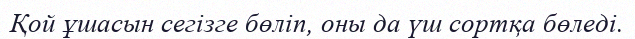
Қой ұшасын сегізге бөліп, оны да үш сортқа бөледі.